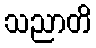
သညာတိ